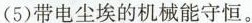
(5)带电尘埃的机械能守恒。